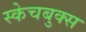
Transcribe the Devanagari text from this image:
स्केचबुक्स